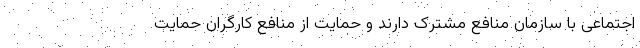
اجتماعی با سازمان منافع مشترک دارند و حمایت از منافع کارگران حمایت